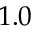
1 . 0